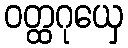
ဝတ္ထဂုယှေ